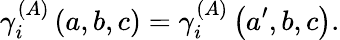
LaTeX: \gamma_{i}^{\left(A\right)}\left(a,b,c\right)=\gamma_{i}^{\left(A\right)}\left(a^{\prime},b,c\right).